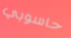
حاسوبي